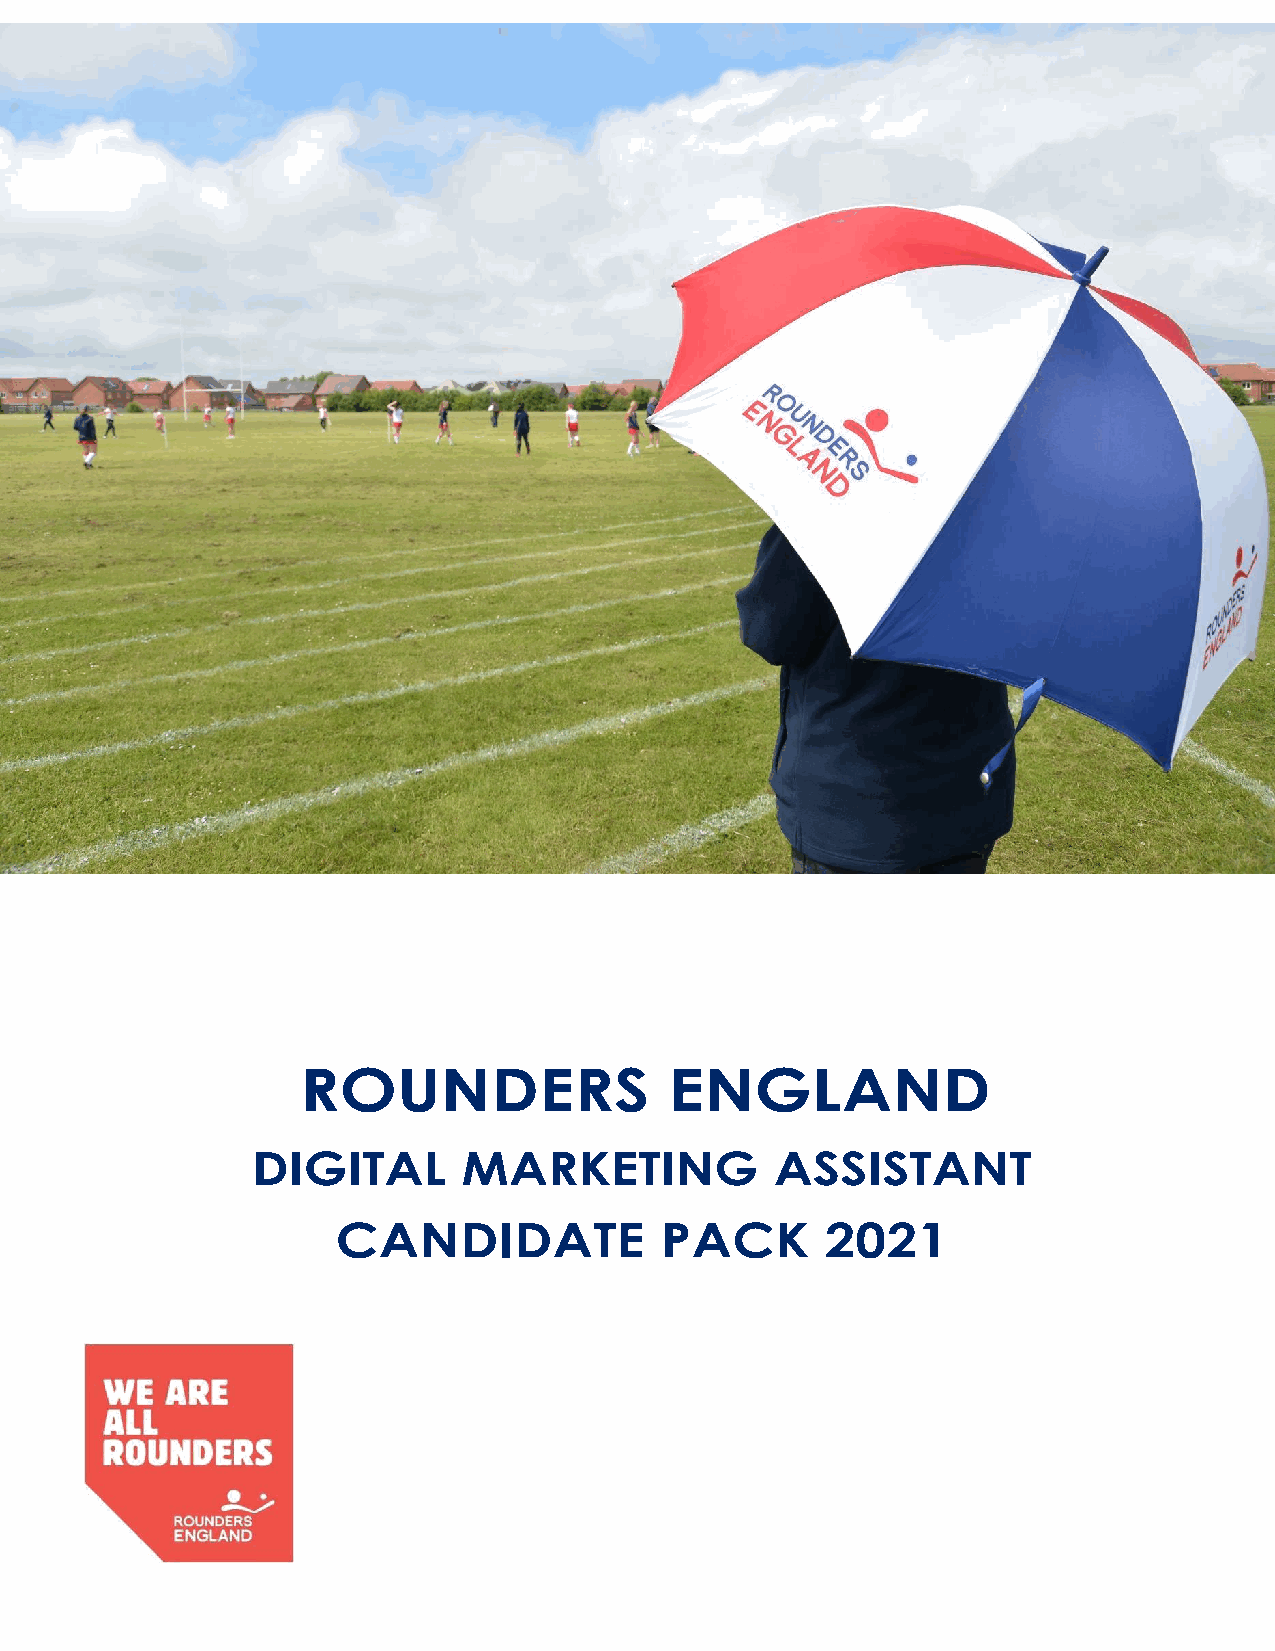
ROUNDERS                ENGLAND
 DIGITAL       MARKETING           ASSISTANT
 CANDIDATE             PACK       2021